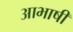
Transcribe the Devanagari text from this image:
आभाषी